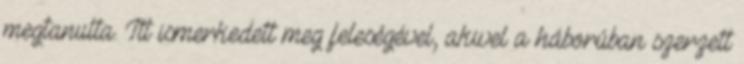
megtanulta. Itt ismerkedett meg feleségével, akivel a háborúban szerzett